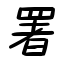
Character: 署